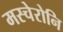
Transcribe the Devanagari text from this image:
मस्चेरोनि